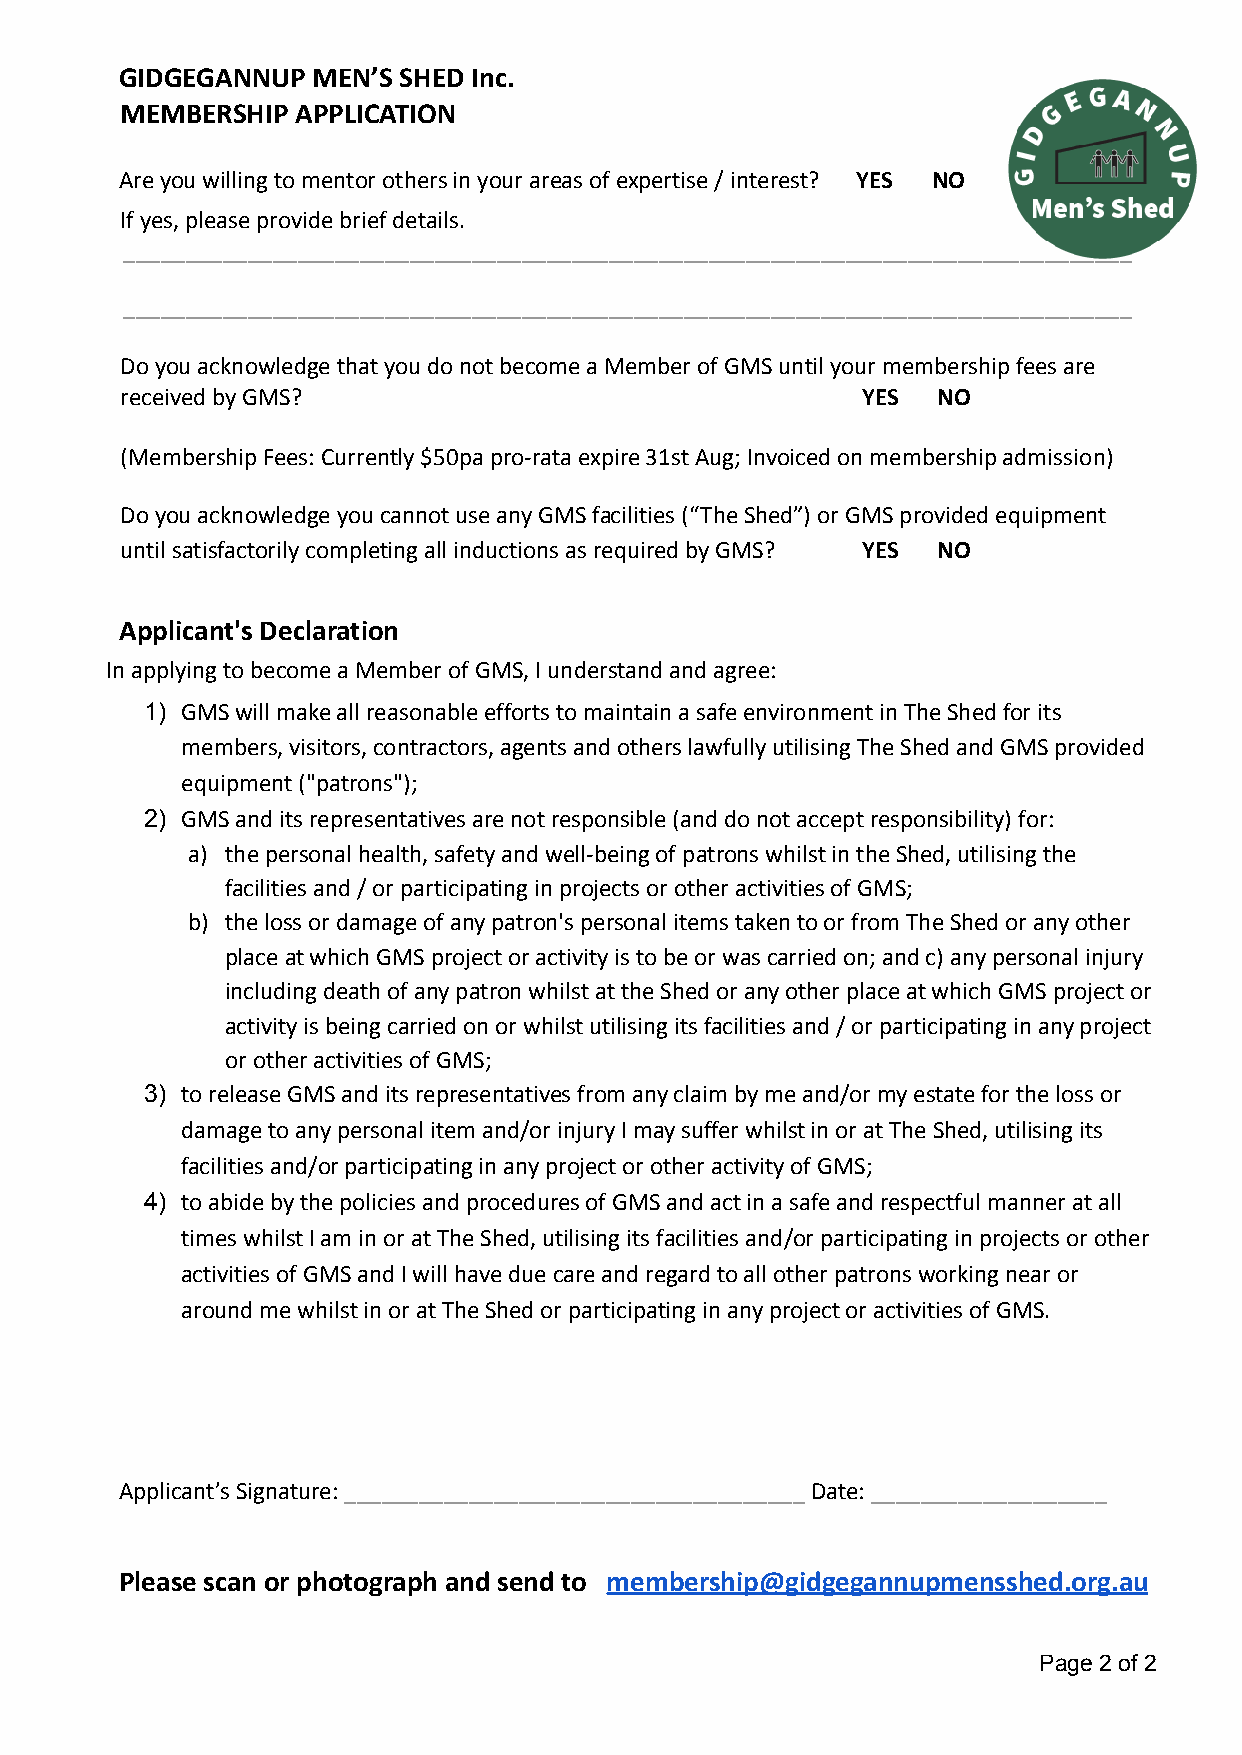
GIDGEGANNUP  MEN’S SHED Inc.
 MEMBERSHIP  APPLICATION
 Are you willing to mentor others in your areas of expertise / interest? YES NO
 If yes, please provide brief details.
 _________________________________________________________________________________
 _________________________________________________________________________________
 Do you acknowledge that you do not become a Member of GMS until your membership fees are
 received by GMS?                                 YES  NO
 (Membership Fees: Currently $50pa pro-rata expire 31st Aug; Invoiced on membership admission)
 Do you acknowledge you cannot use any GMS facilities (“The Shed”) or GMS provided equipment
 until satisfactorily completing all inductions as required by GMS? YES NO
 Applicant's Declaration
 In applying to become a Member of GMS, I understand and agree:
 1) GMS will make all reasonable efforts to maintain a safe environment in The Shed for its
 members, visitors, contractors, agents and others lawfully utilising The Shed and GMS provided
 equipment ("patrons");
 2) GMS and its representatives are not responsible (and do not accept responsibility) for:
 a) the personal health, safety and well-being of patrons whilst in the Shed, utilising the
 facilities and / or participating in projects or other activities of GMS;
 b) the loss or damage of any patron's personal items taken to or from The Shed or any other
 place at which GMS project or activity is to be or was carried on; and c) any personal injury
 including death of any patron whilst at the Shed or any other place at which GMS project or
 activity is being carried on or whilst utilising its facilities and / or participating in any project
 or other activities of GMS;
 3) to release GMS and its representatives from any claim by me and/or my estate for the loss or
 damage to any personal item and/or injury I may suffer whilst in or at The Shed, utilising its
 facilities and/or participating in any project or other activity of GMS;
 4) to abide by the policies and procedures of GMS and act in a safe and respectful manner at all
 times whilst I am in or at The Shed, utilising its facilities and/or participating in projects or other
 activities of GMS and I will have due care and regard to all other patrons working near or
 around me whilst in or at The Shed or participating in any project or activities of GMS.
 Applicant’s Signature:_____________________________________Date:___________________
 Please scan or photograph and send to membership@gidgegannupmensshed.org.au
 Page 2 of 2